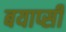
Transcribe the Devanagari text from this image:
बयाप्सी